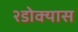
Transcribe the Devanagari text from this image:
२डोक्यास